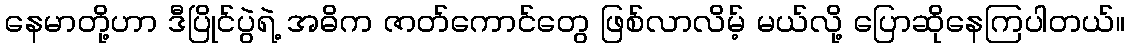
နေမာတို့ဟာ ဒီပြိုင်ပွဲရဲ့ အဓိက ဇာတ်ကောင်တွေ ဖြစ်လာလိမ့် မယ်လို့ ပြောဆိုနေကြပါတယ်။